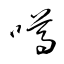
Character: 噂